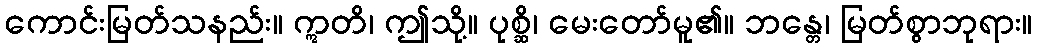
ကောင်းမြတ်သနည်း။ ဣတိ၊ ဤသို့။ ပုစ္ဆိ၊ မေးတော်မူ၏။ ဘန္တေ၊ မြတ်စွာဘုရား။